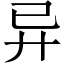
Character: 异